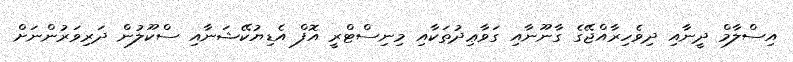
އިސްލާމް ދީނާއި ދިވެހިރާއްޖޭގެ ގާނޫނާއި ގަވާޢިދުތަކާއި މިނިސްޓްރީ އޮފް އެޑިޔުކޭޝަނާއި ސްކޫލުން ދަރިވަރުންނަށް